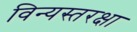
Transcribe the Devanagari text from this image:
विन्यस्तरक्षा